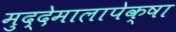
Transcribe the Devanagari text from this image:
मुद्देमालापेक्षा